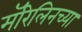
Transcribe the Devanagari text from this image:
मॅरिलिनच्या